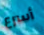
أسرع